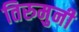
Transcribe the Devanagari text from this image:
तिरुमुनी